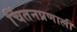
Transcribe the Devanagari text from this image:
चिंतनप्रणाली